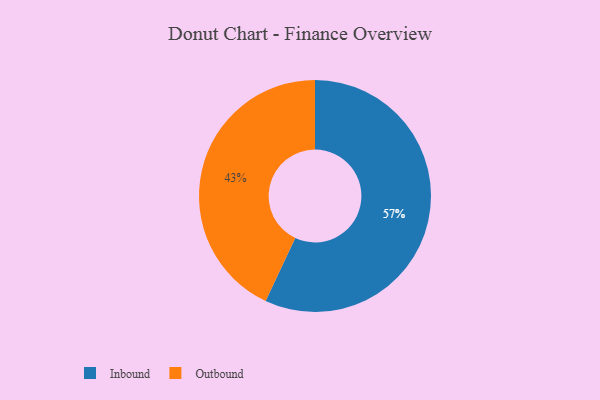
{"axis": {"x": "Category", "y": "Percentage"}, "legend": ["Inbound", "Outbound"], "data": [{"x": "Outbound", "y": 43, "type": "Outbound"}, {"x": "Inbound", "y": 57, "type": "Inbound"}]}